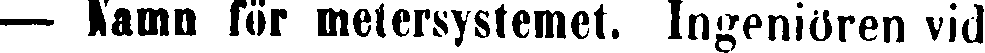
— Namn för metersystemet. Ingeniören vid